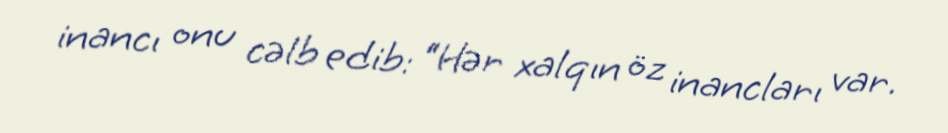
inancı onu cəlb edib: “Hər xalqın öz inancları var.